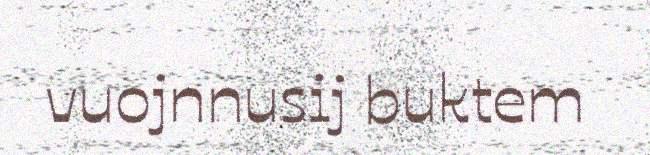
vuojnnusij buktem